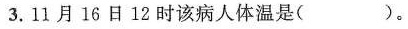
3.11月16日12时该病人体温是( )。